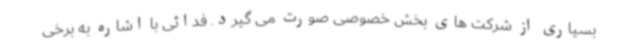
بسیاری از شرکت های بخش خصوصی صورت می گیرد. فدائی با اشاره به برخی